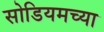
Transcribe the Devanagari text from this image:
सोडियमच्या